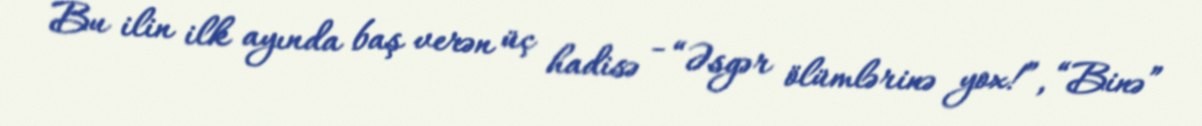
Bu ilin ilk ayında baş verən üç hadisə - “Əsgər ölümlərinə yox!”, “Binə”